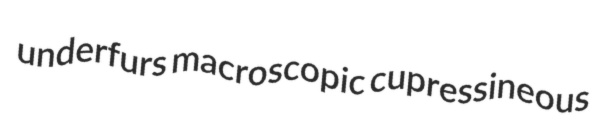
underfurs macroscopic cupressineous